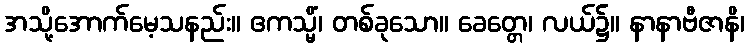
အသို့အောက်မေ့သနည်း။ ဧကသ္မိံ၊ တစ်ခုသော။ ခေတ္တေ၊ လယ်၌။ နာနာဗီဇာနိ၊